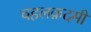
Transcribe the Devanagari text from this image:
चहलक़दमी